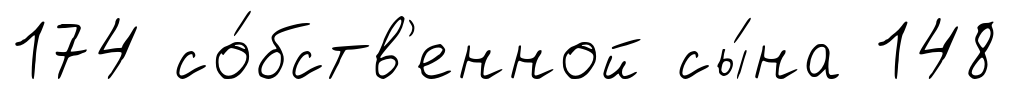
174 со́бств'енной сы́на 148